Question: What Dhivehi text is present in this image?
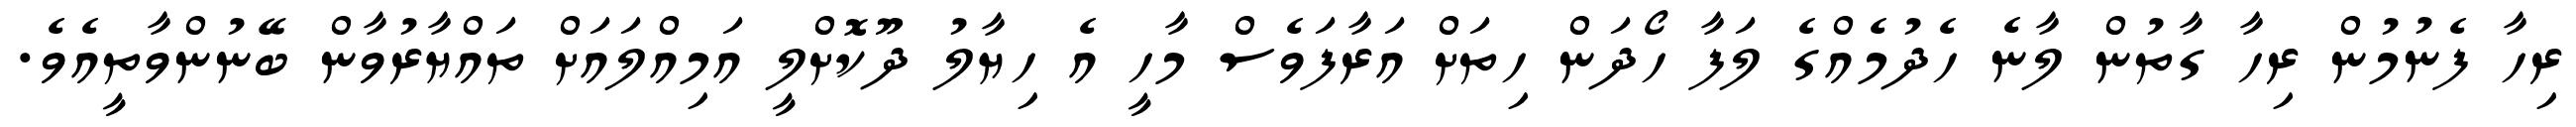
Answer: ރިހާ ފެނުމުން ރިހާ ގާތުން ލާނެ ހެދުމެއްގެ ލަފާ ހޯދަން ހިތަށް އަރާފަވެސް މާހީ އެ ހިޔާލު ދޫކޮށްލީ އަމިއްލައަށް ތައްޔާރުވާން ބޭނުންވާތީއެވެ.